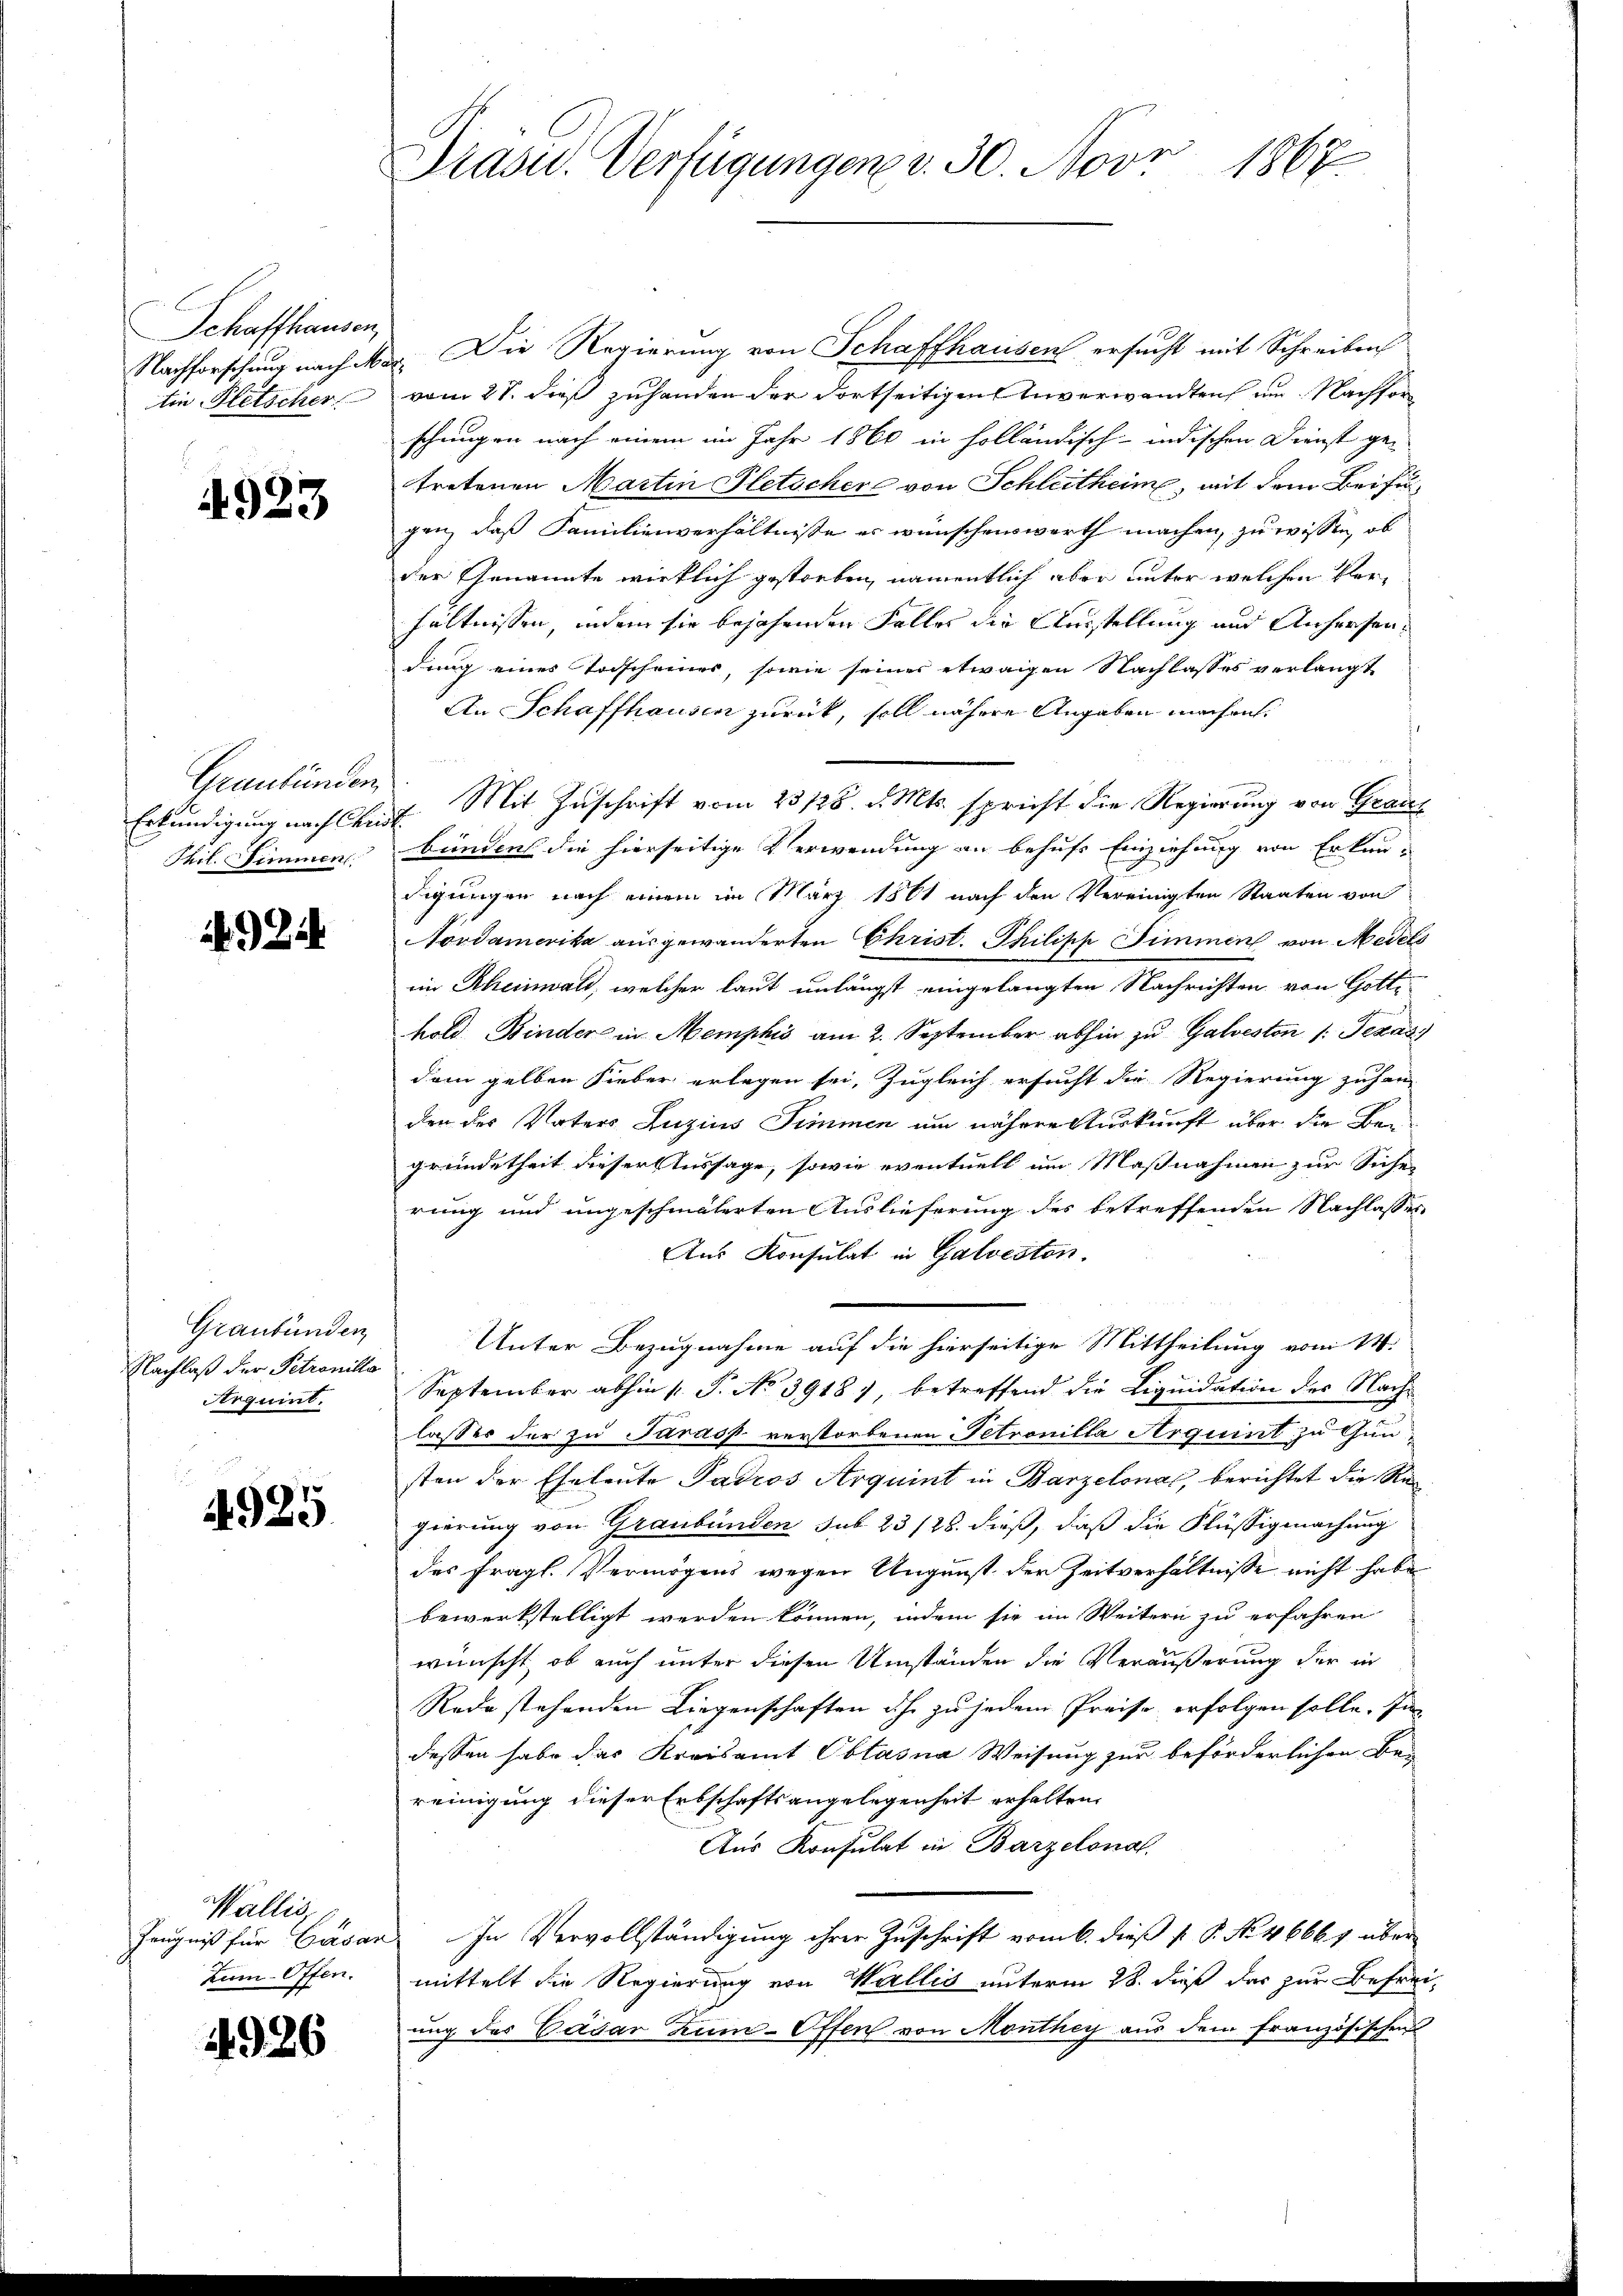
Schaffhausen,
tin Fletscher

4923

Graubünden.
Erkundigung nach Christ
Thil. Simmen,

Graubünden
Nachlaß der Petronille
Arquint.

4925

Wallis,
Zum- Offen.

4926

Nachforschung nach Mar. Die Regierung von Schaffhausen ersucht mit Schreiben
vom 27. dieß zuhanden der dortseitigen Unverwandten um Nachforschungen nach einem im Jahr 1860 in holländisch-indischen Dienst getretenen Martin Pletschere von Schleitheime mit dem Beifügen, daß Familienverhältnisse er wünschenswerth machen, zu wissen, ob
der Genannte wirklich gestorben, namentlich aber unter welchen Verhältnissen, indem sie bejahenden Falles die Ausstellung und Anhausendung eines Todscheines, sowie seines etwaigen Nachlasses verlangt
An Schaffhausen zurück, soll nähere Angaben machen,
Mit Zuschrift vom 23 128. d. Mts. spricht die Regierung von Grauz
bünden die hierseitige Verwendung an behufs Einziehung von Erkundigungen nach einem im März 1861 nach den Vereinigten Staaten von
Nordamerika ausgewanderten Christ. Philipp Simmen von Medels
im Rheinwald, welcher laut unlängst eingelangten Nachrichten von Gotte
hold Binder in Memphis am 2. September abhin zu Galveston /: Texas
dem gelben Sieber erlegen sei, zugleich ersucht die Regierung zuhan-
den des Vaters Luzius Simmen um nähere Auskunft über die Ber
gründetheit dieser Aussage, sowie eventuell um Maßnahmen zur Siche
rung und ungeschmälerten Auslieferung des betreffenden Nachlasses
Aus Konsulat in Galveston.
Unter Bezugnahme auf die hierseitige Mittheilung vom 14.
September abhin 1 S. No 39181, betreffend die Liquidation des Nachlasser der zu Saras verstorbenen Petrouilla Arquint zu Gunsten der Eheleute Patros Arquint in Barzelonas, berichtet die Regierung von Graubünden sub 23/23. dieß, daß die Flüssigmachung
des fragl. Vermögens wegen Augunst der Zeitverhältnisse nicht habe
bewerkstelligt werden können, indem sie im Weitern zu erfahren
wünscht, ob auch unter diesen Umständen die Veräußerung der in
Rede stehenden Liegenschaften ihr zu jedem Preise erfolgen solle. In
dessen habe das Kreisamt Obtasna Weisung zur beförderlichen Bereinigung dieser Erbschaftsangelegenheit erhalten.
Aus Konsulat in Barzelonal
Zeugniß für Cäsar In Vervollständigung ihrer Zuschrift vom 6. dieß P. P. No. 46661 über
mittelt die Regierung von Wallis unterm 28. dieß das zur Befreiung des Cäsar zum Offen von Monthey aus dem französischen

Präsid.. Verfügungen v. 30. Nove
1867